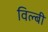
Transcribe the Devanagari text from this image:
विल्बी